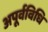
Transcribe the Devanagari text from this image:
अपूर्वविधि